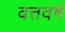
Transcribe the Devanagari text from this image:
वत्तवर्ष